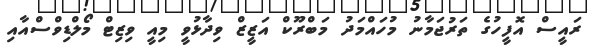
ރައީސް އޮފީހުގެ ތަރުޖަމާނު މުހައްމަދު މަބްރޫކް އަޒީޒް ވިދާޅުވީ މިއީ ވިޒިޓް މޯލްޑިވްސްއާއި